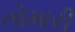
તોમારી